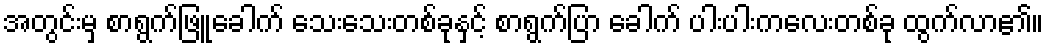
အတွင်းမှ စာရွက်ဖြူခေါက် သေးသေးတစ်ခုနှင့် စာရွက်ပြာ ခေါက် ပါးပါးကလေးတစ်ခု ထွက်လာ၏။